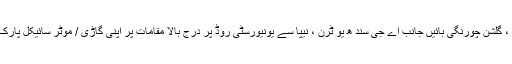
ضلع ملیر اور شرقی کے رہائشی براستہ صفورا، نیپا اور سہراب گوٹھ ، گلشن چورنگی بائیں جانب اے جی سند ھ یو ٹرن ، نیپا سے یونیورسٹی روڈ پر درج بالا مقامات پر اپنی گاڑی / موٹر سائیکل پارک کریں اور بزریعہ شٹل بس انہیں ایکسپو سینٹرکے پاس لایا جائے گا ۔